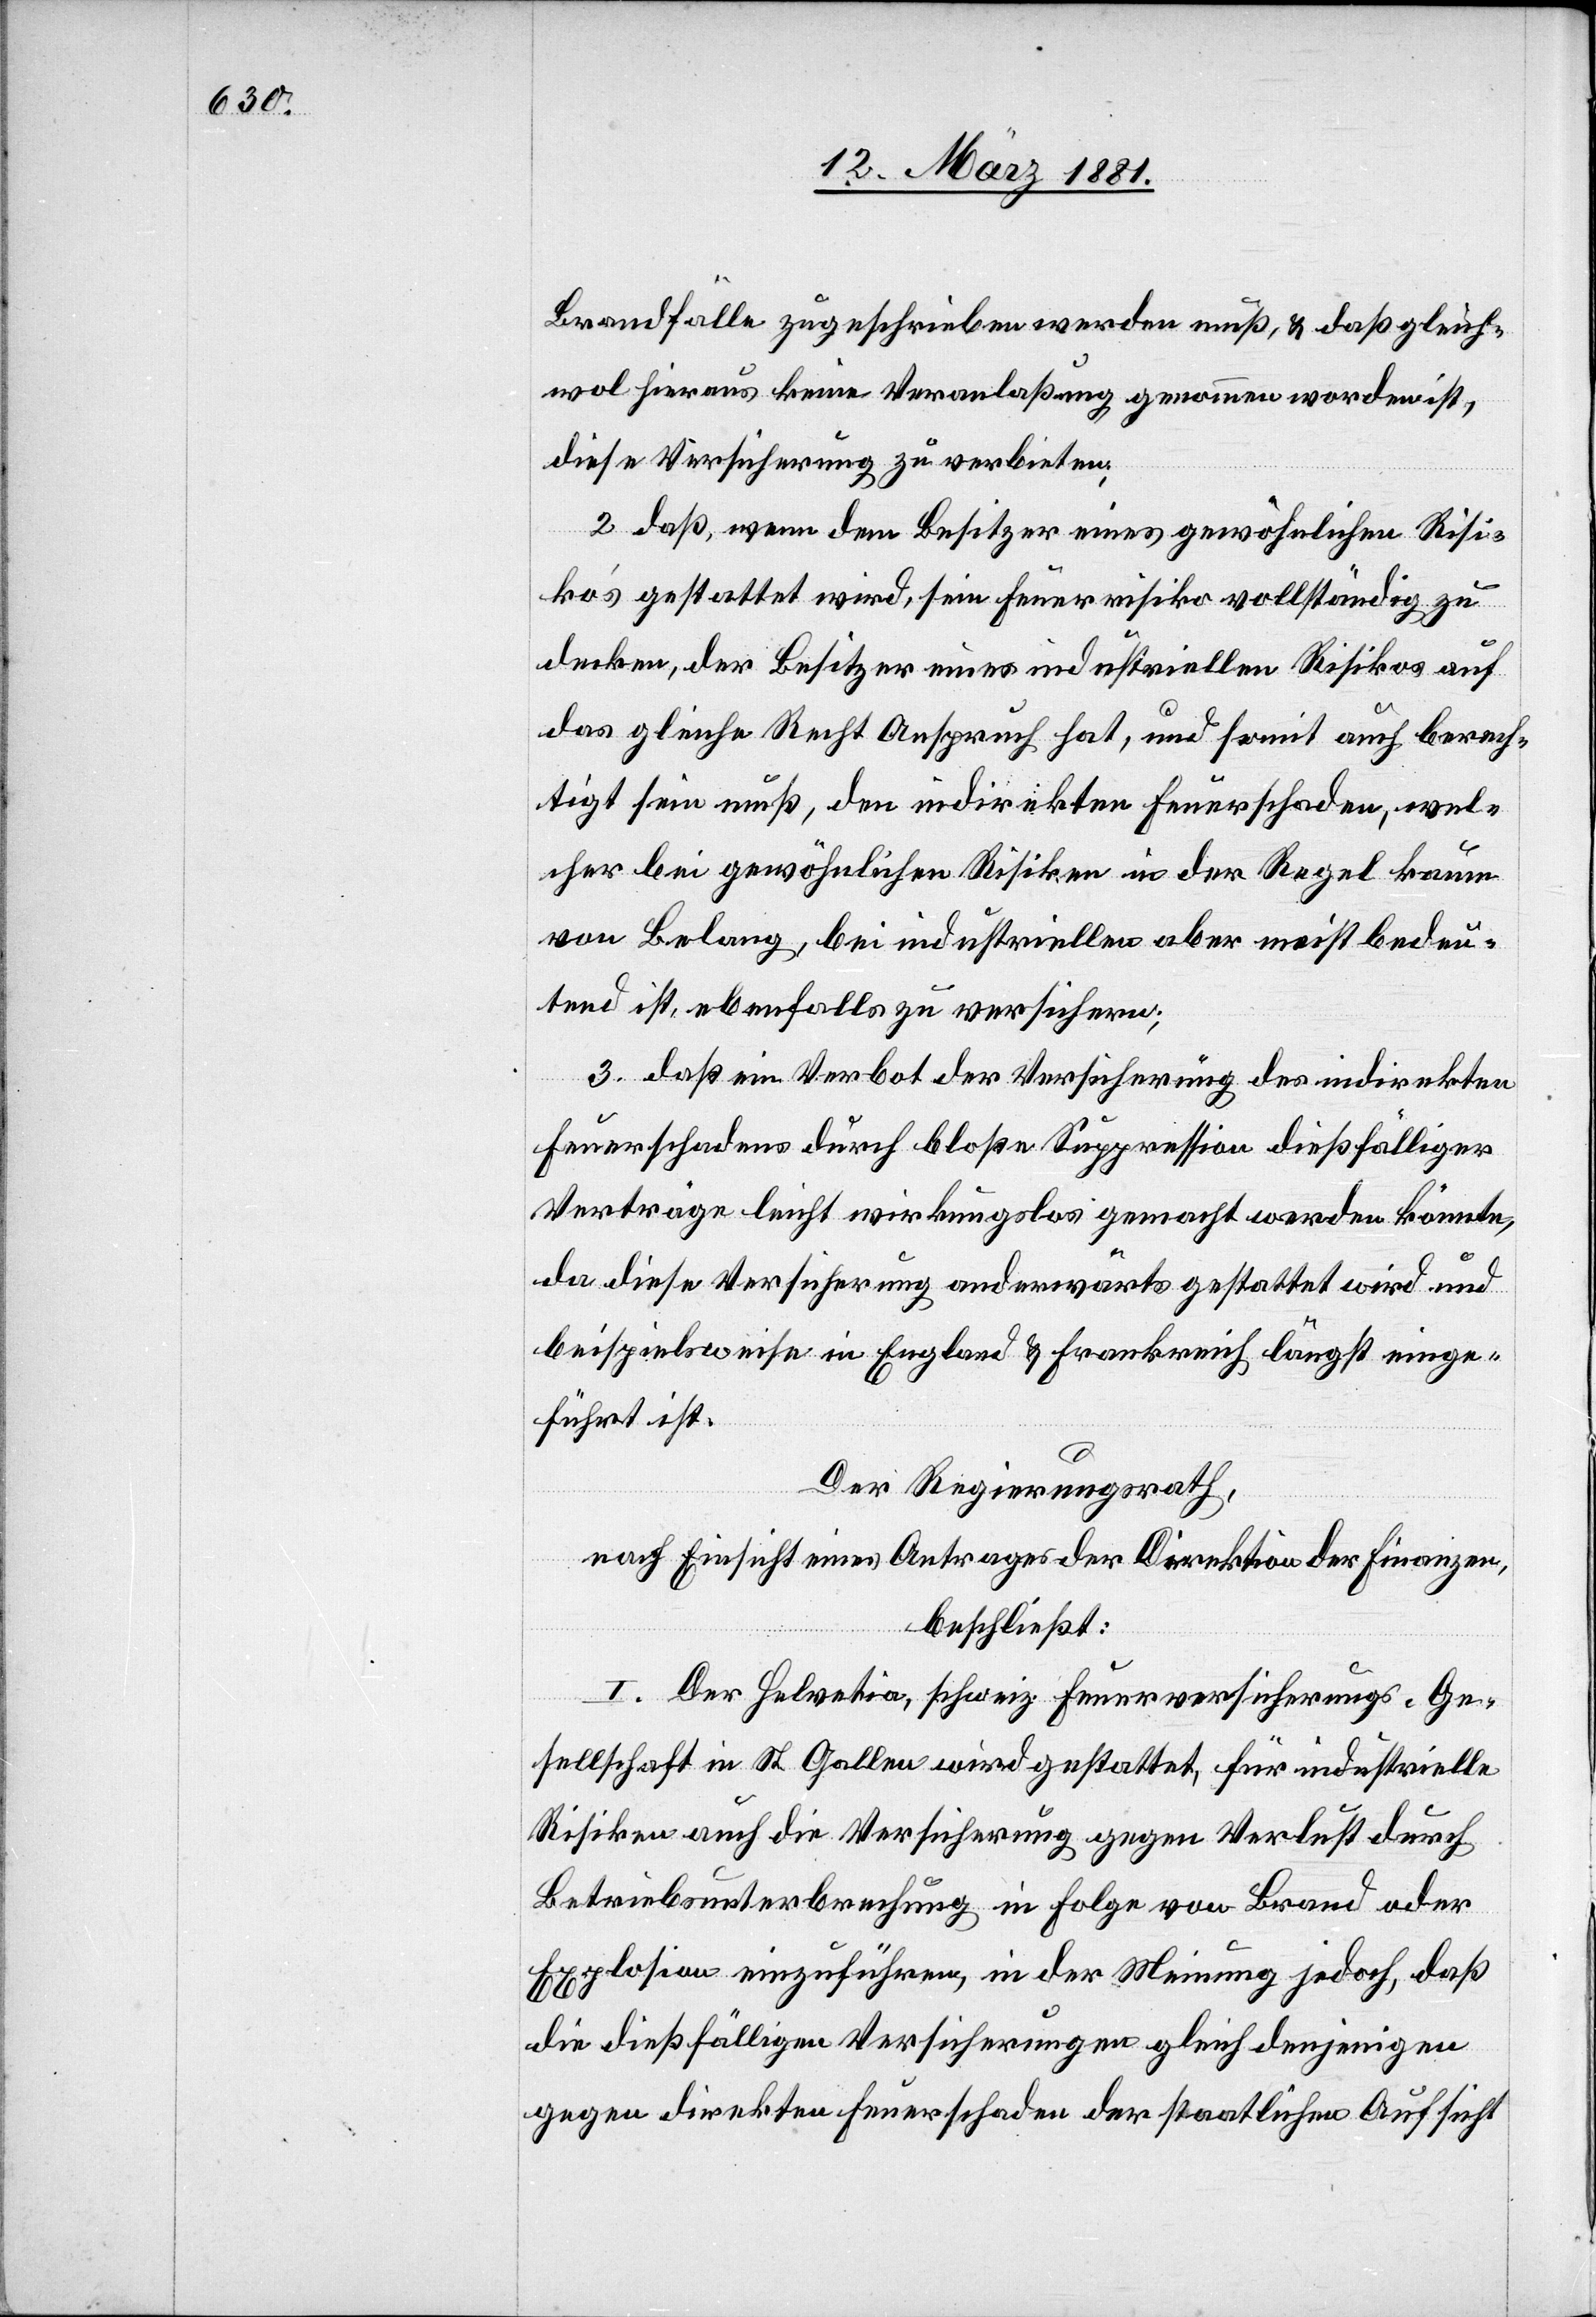
Brandfälle zugeschrieben werden muß, & daß gleich¬
wol hieraus keine Veranlaßung genommen worden ist,
diese Versicherung zu verbieten.
2. daß, wenn dem Besitzer eines gewöhnlichen Risi¬
ko’s gestattet wird, sein Feuerrisiko vollständig zu
decken, der Besitzer eines industriellen Risikos auf
das gleiche Recht Anspruch hat, und somit auch berech¬
tigt sein muß, den indirekten Feuerschaden, wel¬
cher bei gewöhnlichen Risiken in der Regel kaum
von Belang, bei industriellen aber meist bedeu¬
tend ist, ebenfalls zu versichern;
3. daß ein Verbot der Versicherung des indirekten
Feuerschadens durch bloße Suppression dießfälliger
Verträge leicht wirkungslos gemacht werden könnte,
da diese Versicherung anderwärts gestattet wird und
beispielsweise in England & Frankreich längst einge¬
führt ist.
Der Regierungsrath,
nach Einsicht eines Antrages der Direktion der Finanzen,
beschließt:
I. Der Helvetia, schweiz. Feuerversicherungs-Ge¬
sellschaft in St. Gallen wird gestattet, für industrielle
Risiken auch die Versicherung gegen Verlust durch
Betriebsunterbrechung in Folge von Brand oder
Explosion einzuführen, in der Meinung jedoch, daß
die dießfälligen Versicherungen gleich denjenigen
gegen direkten Feuerschaden der staatlichen Aufsicht